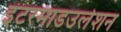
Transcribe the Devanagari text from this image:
इंटरमाडउलेशन